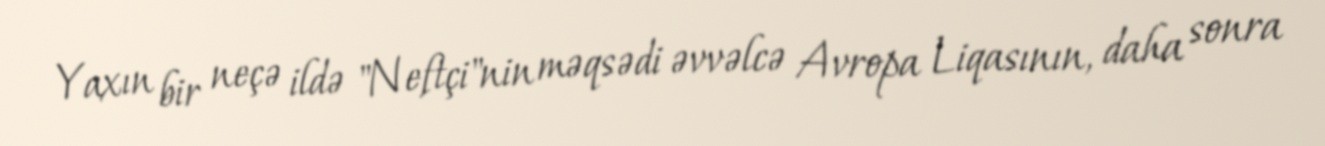
Yaxın bir neçə ildə "Neftçi"nin məqsədi əvvəlcə Avropa Liqasının, daha sonra